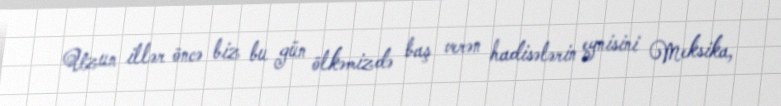
Uzun illər öncə biz bu gün ölkəmizdə baş verən hadisələrin eynisini Meksika,